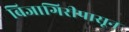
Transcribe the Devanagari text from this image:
बिजागिरीपासून